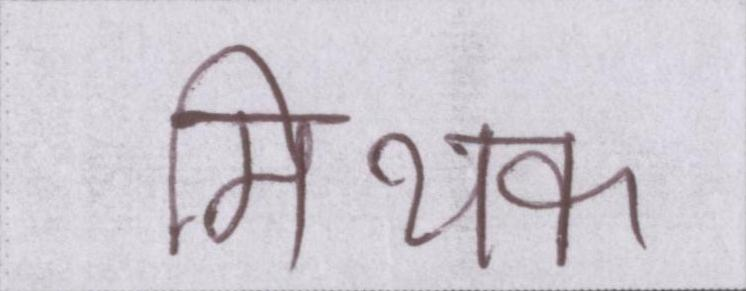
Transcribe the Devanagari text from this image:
मिथक